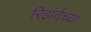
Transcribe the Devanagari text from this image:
रिझर्वच्या